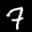
Label: 7